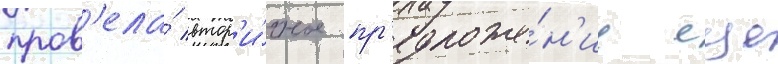
пров'ела́ втор'и́чное пр'едложе́н'ие еще